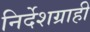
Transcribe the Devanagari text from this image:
निर्देशग्राही